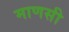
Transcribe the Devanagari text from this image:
माणसी